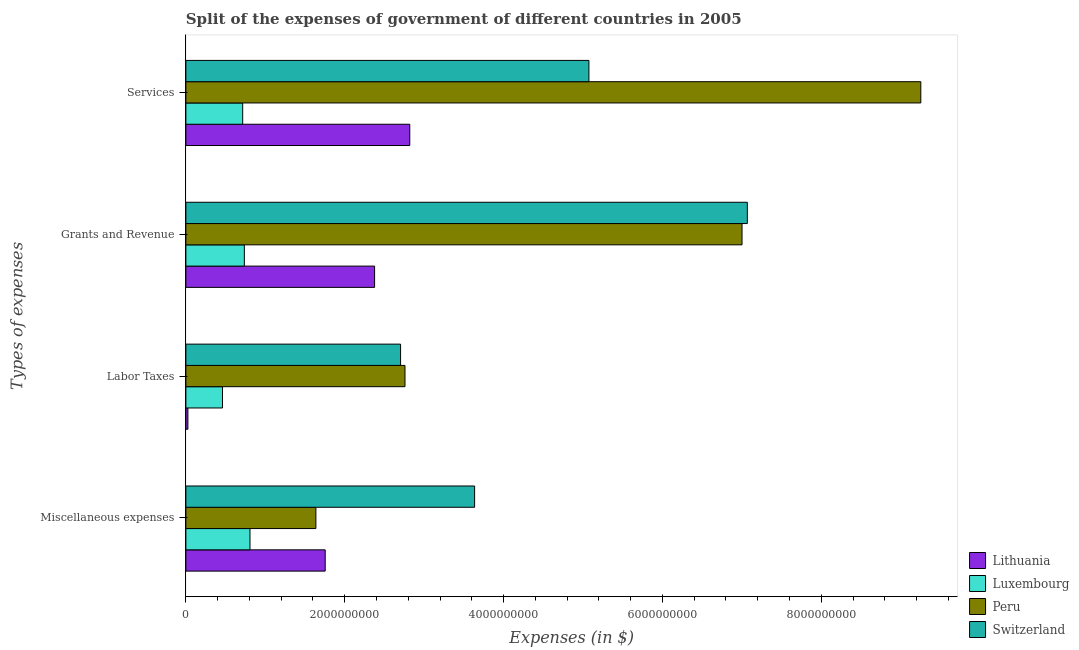
| Types of expenses | Lithuania | Luxembourg | Peru | Switzerland |
 | --- | --- | --- | --- | --- |
 | Miscellaneous expenses | 1.75e+09 | 8.07e+08 | 1.64e+09 | 3.64e+09 |
 | Labor Taxes | 2.54e+07 | 4.61e+08 | 2.76e+09 | 2.7e+09 |
 | Grants and Revenue | 2.38e+09 | 7.36e+08 | 7e+09 | 7.07e+09 |
 | Services | 2.82e+09 | 7.15e+08 | 9.25e+09 | 5.07e+09 |